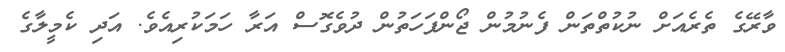
ވާރޭގެ ތެރެއަށް ނުކުތްތަން ފެނުމުން ޖޯންފަހަތުން ދުވެގޮސް އަރާ ހަމަކުރިއެވެ. އަދި ކެމީލާގެ